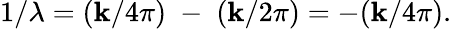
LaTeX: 1/\lambda=(\mathbf{k}/4\pi)\; -\; (\mathbf{k}/2\pi)=-(\mathbf{k}/4\pi).